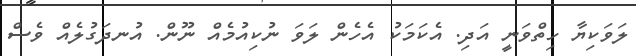
ލަވަކިޔާ ހިތްވަނީ އަދި. އެކަމަކު އެހެން ލަވަ ނުކިއުމެއް ނޫން. އުނދަގުލެއް ވެސް